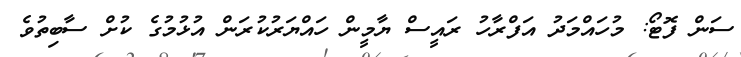
ސަން ފޮޓޯ: މުހައްމަދު އަފްރާހު ރައީސް ޔާމީން ހައްޔަރުކުރަން އުޅުމުގެ ކުށް ސާބިތުވެ